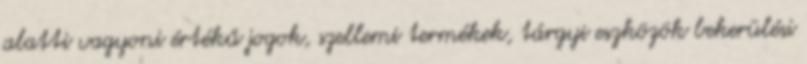
alatti vagyoni értékű jogok, szellemi termékek, tárgyi eszközök bekerülési